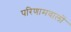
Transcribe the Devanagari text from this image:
परिणामवालों